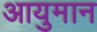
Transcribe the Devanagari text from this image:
आयुमान